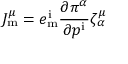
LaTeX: J _ { \mathrm { m } } ^ { \mu } = e _ { \mathrm { m } } ^ { \mathrm { i } } { \frac { \partial \pi ^ { \alpha } } { \partial p ^ { \mathrm { i } } } } \zeta _ { \alpha } ^ { \mu }